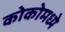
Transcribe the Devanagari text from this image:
कोकोमध्ये